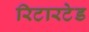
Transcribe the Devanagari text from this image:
रिटारटेड